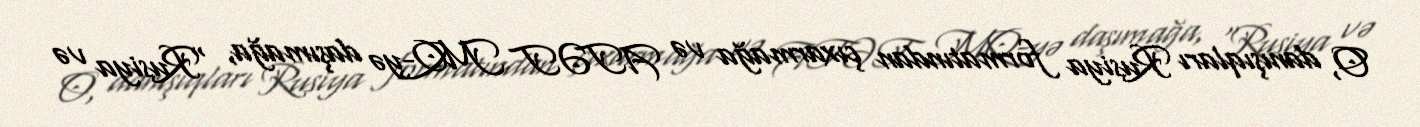
O, danışıqları Rusiya formatından çıxarmağa və ATƏT MQ-yə daşımağa, “Rusiya və